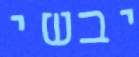
יבשי